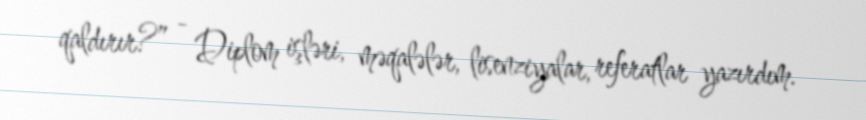
qaldırır?” - Diplom işləri, məqalələr, lisenziyalar, referatlar yazırdım.